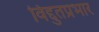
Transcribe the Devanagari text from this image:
विद्दुतप्रभार